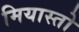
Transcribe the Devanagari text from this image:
मियास्तो